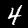
Label: 4